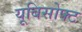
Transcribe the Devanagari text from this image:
यूबिसोफ्ट